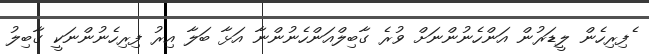
ެފިރިހެން ލީޑަރުން އަންހެނުންނަށް ވުރެ ގާބިލްއަންހެނުންނާ އަޅާ ބަލާ އިރު ފިރިހެނުންނަކީ ގާބިލު